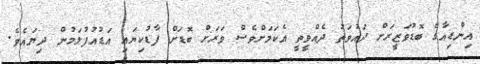
އިންޑިއާގެ ބޮޑުވަޒީރަށް ދައުވަތު ދެއްވީތީ އެކަމަށްވެސް ވަރަށް ބޮޑަށް ފާޑުކިޔައި އަޑުއުފުލަމުން ދިޔައެވެ.